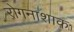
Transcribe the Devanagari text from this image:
रोगनाशाक